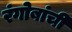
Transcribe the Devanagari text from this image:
रंगोबांची